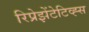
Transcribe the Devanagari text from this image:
रिप्रेझेंटेटिव्ह्स